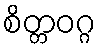
စိတ္တဝဂ္ဂ